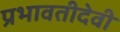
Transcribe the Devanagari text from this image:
प्रभावतीदेवी